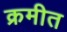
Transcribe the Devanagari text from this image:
क्रमीत